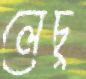
লেচু